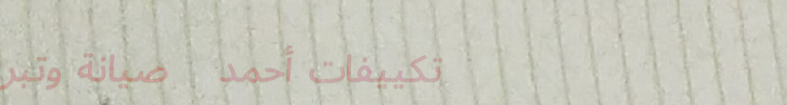
تكييفات أحمد   صيانة وتبر